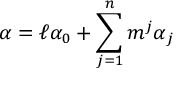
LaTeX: \alpha = \ell \alpha _ { 0 } + \sum _ { j = 1 } ^ { n } m ^ { j } \alpha _ { j }